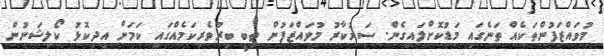
މުވައްޒަފުންތަކެއް ތަނެގައި މަޑުކޮށްލައިގެން. ސަރުކާރު މުވައްޒަފުން ތިބީ ބިރުވެރިކަމެއްގައި ކަމަށް އިދިކޮޅު ކޯލިޝަނުން